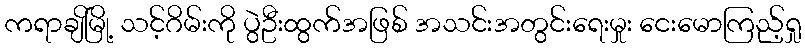
ကရာချိမြို့ သင့်ဂိမ်းကို ပွဲဦးထွက်အဖြစ် အသင်းအတွင်းရေးမှုး ငေးမောကြည့်ရှု